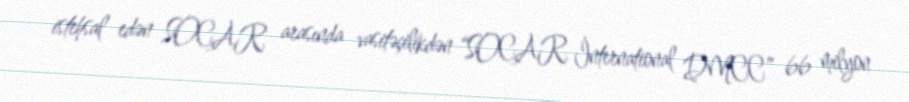
istehsal edən SOCAR arasında vasitəçilikdən “SOCAR İnternational DMCC” 66 milyon